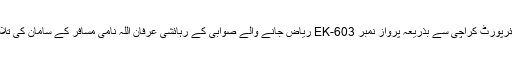
تیسری کاروائی کے دوران اے این ایف کراچی نے جناح انٹرنیشنل ایئرپورٹ کراچی سے بذریعہ پرواز نمبر EK-603 ریاض جانے والے صوابی کے رہائشی عرفان اللہ نامی مسافر کے سامان کی تلاشی کے دوران 2 کلو گرام ہیروئن برآمد کر کے اسے گرفتار کر لیا۔